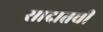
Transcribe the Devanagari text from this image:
सादातची